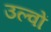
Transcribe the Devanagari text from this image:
उल्वों